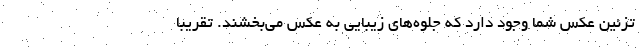
تزئین عکس شما وجود دارد که جلوه‌های زیبایی به عکس می‌بخشند. تقریبا